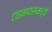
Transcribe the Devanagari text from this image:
टाइमपासमध्ये